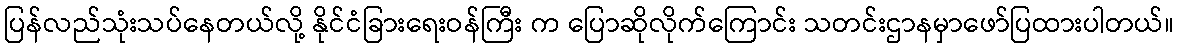
ပြန်လည်သုံးသပ်နေတယ်လို့ နိုင်ငံခြားရေးဝန်ကြီး က ပြောဆိုလိုက်ကြောင်း သတင်းဌာနမှာဖော်ပြထားပါတယ်။